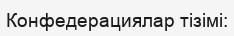
Конфедерациялар тізімі: